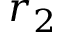
r _ { 2 }